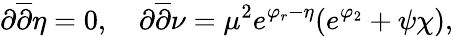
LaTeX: \partial\overline{{{\partial}}}\eta=0,\quad\partial\overline{{{\partial}}}\nu=\mu^{2}e^{\varphi_{r}-\eta}(e^{\varphi_{2}}+{\psi}{\chi}),